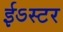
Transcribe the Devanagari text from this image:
ईऽस्टर